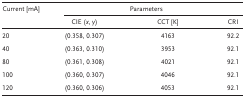
<table><thead><tr><td><b>Current [mA]</b></td><td colspan="3"><b>Parameters</b></td></tr><tr><td></td><td><b>CIE (<i>x</i>, <i>y</i>)</b></td><td><b>CCT [K]</b></td><td><b>CRI</b></td></tr></thead><tbody><tr><td>20</td><td>(0.358, 0.307)</td><td>4163</td><td>92.2</td></tr><tr><td>40</td><td>(0.363, 0.310)</td><td>3953</td><td>92.1</td></tr><tr><td>80</td><td>(0.361, 0.308)</td><td>4021</td><td>92.1</td></tr><tr><td>100</td><td>(0.360, 0.307)</td><td>4046</td><td>92.1</td></tr><tr><td>120</td><td>(0.360, 0.306)</td><td>4053</td><td>92.1</td></tr></tbody></table>